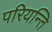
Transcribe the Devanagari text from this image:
परियन्ति